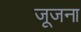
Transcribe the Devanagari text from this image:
जूजना